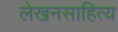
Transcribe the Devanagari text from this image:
लेखनसाहित्य